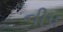
નીપ